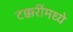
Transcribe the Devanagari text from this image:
टक्करींमध्ये